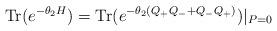
LaTeX: \begin{align*}\mathrm{Tr}(e^{-\theta _{2}H})=\mathrm{Tr}(e^{-\theta_{2}(Q_{+}Q_{-}+Q_{-}Q_{+})})|_{P=0} \end{align*}